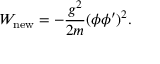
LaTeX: W _ { \mathrm { n e w } } = - \frac { g ^ { 2 } } { 2 m } ( \phi \phi ^ { \prime } ) ^ { 2 } .